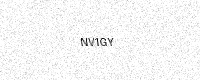
Text: NV1GY